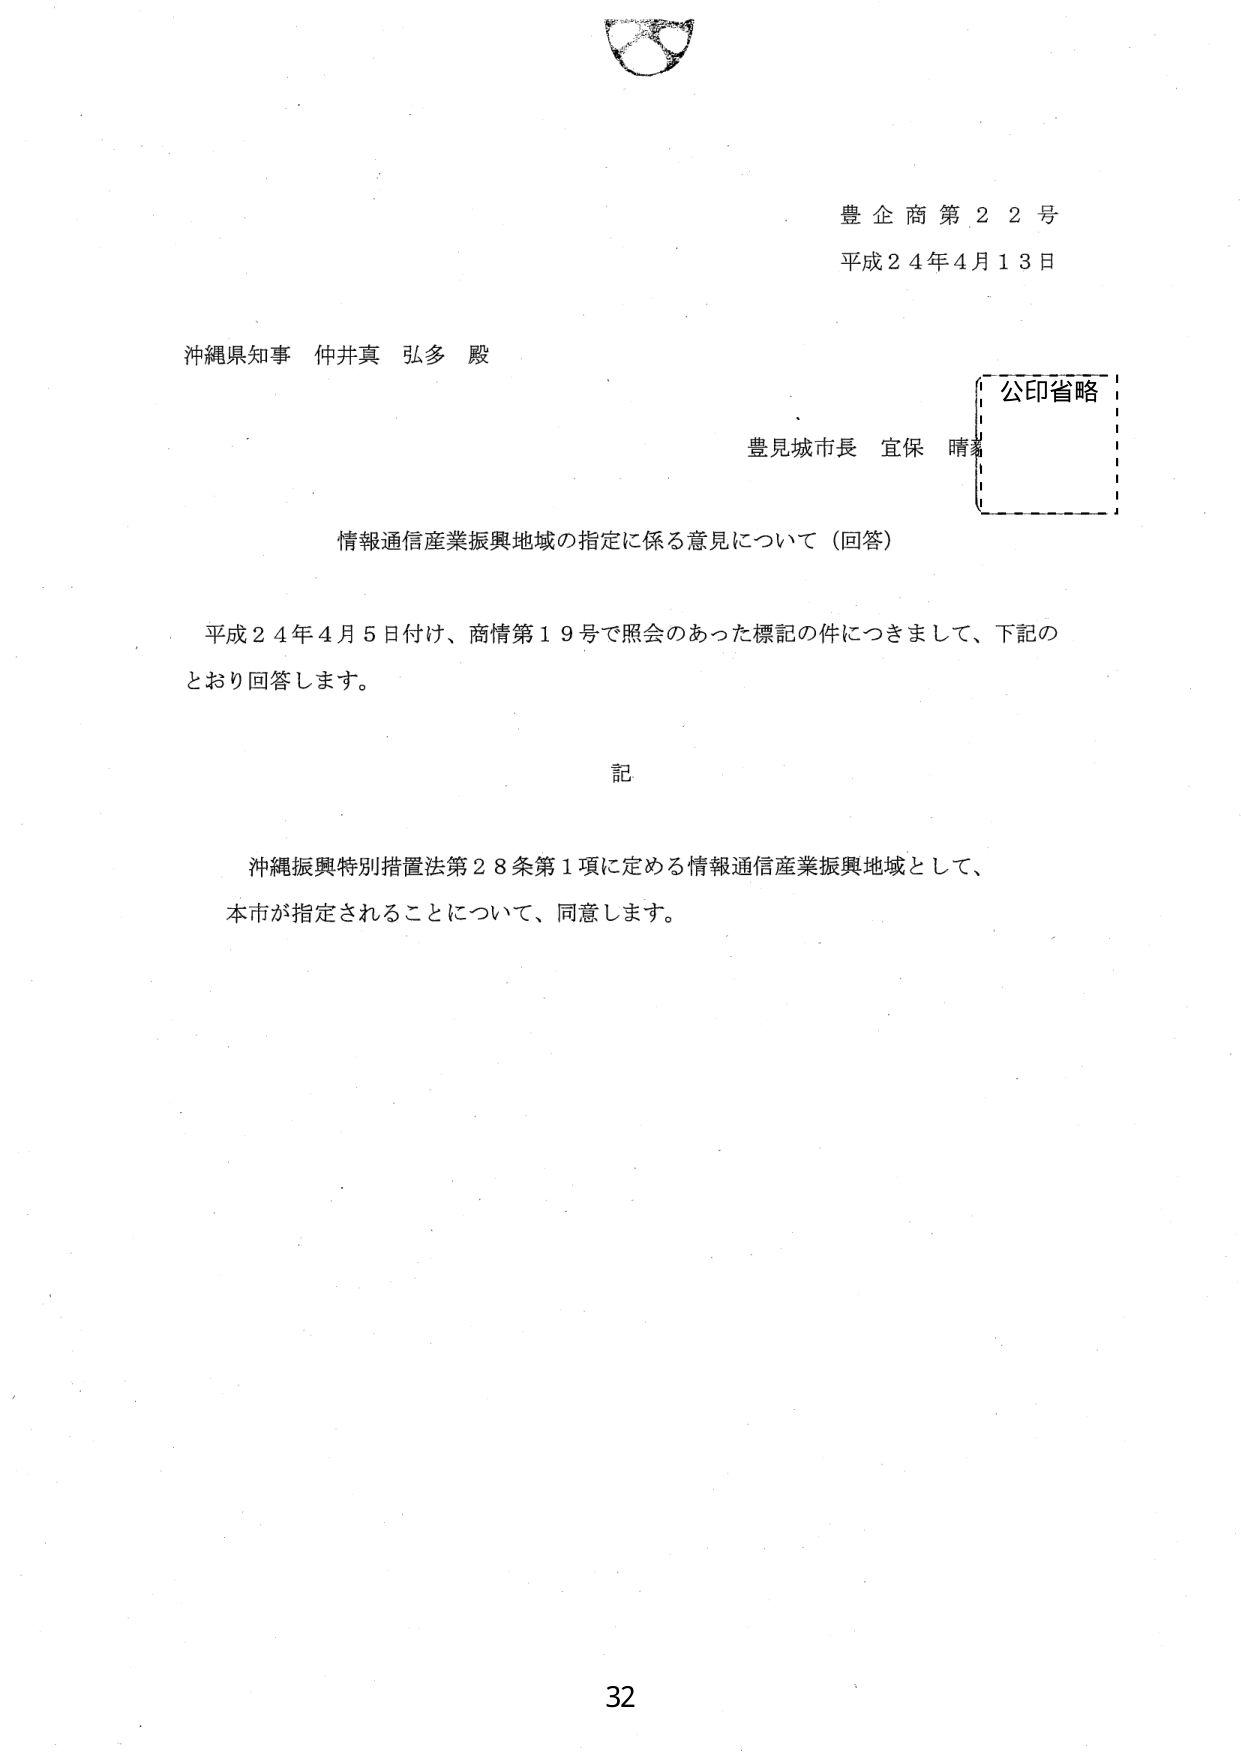
豊企商第22号
平成24年4月13日

沖縄県知事 仲井真 弘多 殿

豊見城市長 宜保 晴

公印省略

情報通信産業振興地域の指定に係る意見について（回答）

平成24年4月5日付け、商情第19号で照会のあった標記の件につきまして、下記の
とおり回答します。

記

沖縄振興特別措置法第28条第1項に定める情報通信産業振興地域として、
本市が指定されることについて、同意します。

32